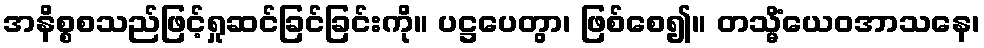
အနိစ္စစသည်ဖြင့်ရှုဆင်ခြင်ခြင်းကို။ ပဋ္ဌပေတွာ၊ ဖြစ်စေ၍။ တသ္မိံယေဝအာသနေ၊